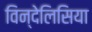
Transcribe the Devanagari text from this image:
विन्देलिसिया